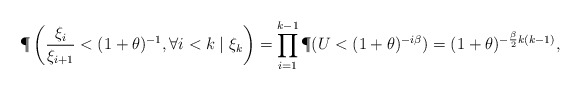
\begin{align*}\phantom{=}\; \P\left(\frac{\xi_i}{\xi_{i+1}}<(1+\theta)^{-1},\forall i<k\mid \xi_k\right)=\prod_{i=1}^{k-1} \P(U<(1+\theta)^{-i\beta})=(1+\theta)^{-\frac{\beta}{2}k(k-1)}, \end{align*}